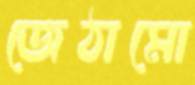
জেঠামো